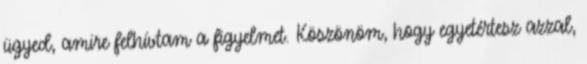
ügyed, amire felhívtam a figyelmet. Köszönöm, hogy egyetértesz azzal,